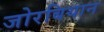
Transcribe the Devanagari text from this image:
जोरबियान